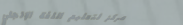
مركز لتعليم اللغة الإنجلي